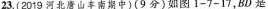
23.(2019 河北唐山丰南期中)(9分)如图1-7-17，BD是